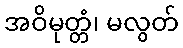
အဝိမုတ္တံ၊ မလွတ်